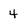
Character: 4